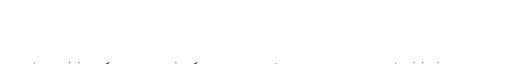
فُنکے اوپیکے - وکیپیڈیا
فُنکے اوپیکے
نائیجیریئن
آئی سی ٹی
چیف ایگزکیوٹو آفسر
فُنکے اوپیکے نائیجیریا دی اک الیکٹریکل انجینیئر اے، مین سٹریٹ ٹیکنولوجی دے بانی اتے مین ون کیبل کمپنی دے چیف ایگزیکٹو افسر ہن، جو لاگوس سٹیٹ، دکھن-لہندے نائیجیریا وچ واقع کمیونیکیشن سیوا کمپنی اے۔